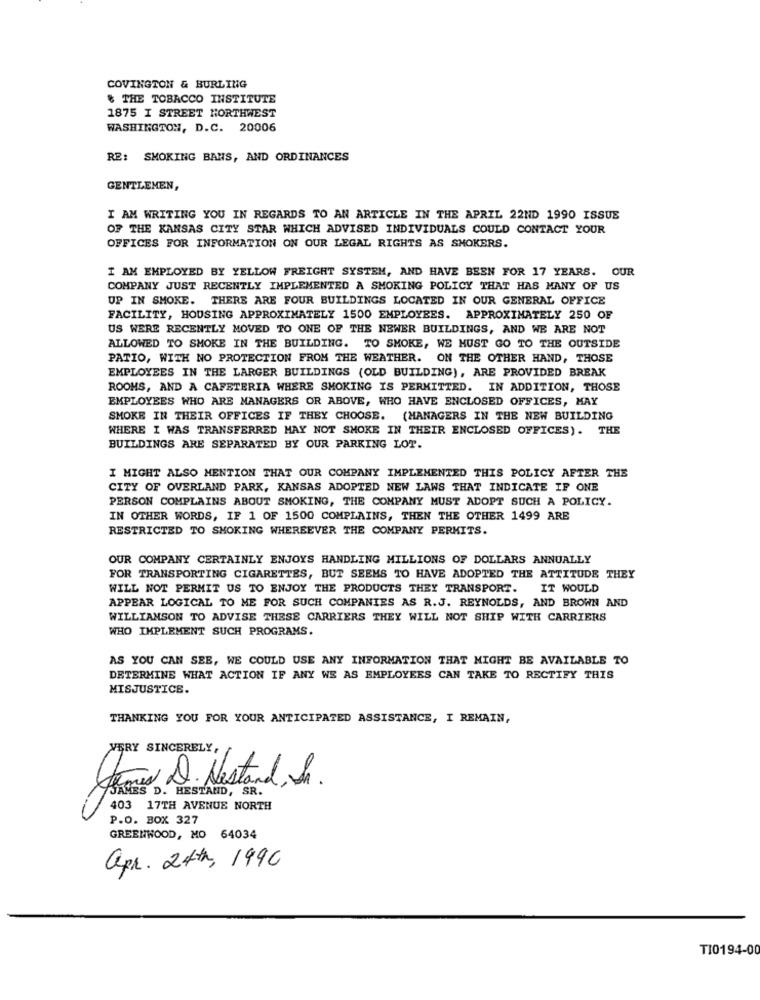
COVINGTON & BURLING
& THE TOBACCO INSTITUTE
1875 I STREET NORTHWEST
WASHINGTON, D.C. 20006
RE: SMOKING BANS, AND ORDINANCES
GENTLEMEN,
I AM WRITING YOU IN REGARDS TO AN ARTICLE IN THE APRIL 22ND 1990 ISSUE
OF THE KANSAS CITY STAR WHICH ADVISED INDIVIDUALS COULD CONTACT YOUR
OFFICES FOR INFORMATION ON OUR LEGAL RIGHTS AS SMOKERS.
I AM EMPLOYED BY YELLOW FREIGHT SYSTEM, AND HAVE BEEN FOR 17 YEARS. OUR
COMPANY JUST RECENTLY IMPLEMENTED A SMOKING POLICY THAT HAS MANY OF US
UP IN SMOKE. THERE ARE FOUR BUILDINGS LOCATED IN OUR GENERAL OFFICE
FACILITY, HOUSING APPROXIMATELY 1500 EMPLOYEES. APPROXIMATELY 250 OF
US WERE RECENTLY MOVED TO ONE OF THE NEWER BUILDINGS, AND WE ARE NOT
ALLOWED TO SMOKE IN THE BUILDING. TO SMOKE, WE MUST GO TO THE OUTSIDE
PATIO, WITH NO PROTECTION FROM THE WEATHER. ON THE OTHER HAND, THOSE
EMPLOYEES IN THE LARGER BUILDINGS (OLD BUILDING), ARE PROVIDED BREAK
ROOMS, AND A CAFETERIA WHERE SMOKING IS PERMITTED. IN ADDITION, THOSE
EMPLOYEES WHO ARE MANAGERS OR ABOVE, WHO HAVE ENCLOSED OFFICES, MAY
SMOKE IN THEIR OFFICES IF THEY CHOOSE. (MANAGERS IN THE NEW BUILDING
WHERE I WAS TRANSFERRED MAY NOT SMOKE IN THEIR ENCLOSED OFFICES). THE
BUILDINGS ARE SEPARATED BY OUR PARKING LOT.
I MIGHT ALSO MENTION THAT OUR COMPANY IMPLEMENTED THIS POLICY AFTER THE
CITY OF OVERLAND PARK, KANSAS ADOPTED NEW LAWS THAT INDICATE IF ONE
PERSON COMPLAINS ABOUT SMOKING, THE COMPANY MUST ADOPT SUCH A POLICY.
IN OTHER WORDS, IF 1 OF 1500 COMPLAINS, THEN THE OTHER 1499 ARE
RESTRICTED TO SMOKING WHEREEVER THE COMPANY PERMITS.
OUR COMPANY CERTAINLY ENJOYS HANDLING MILLIONS OF DOLLARS ANNUALLY
FOR TRANSPORTING CIGARETTES, BUT SEEMS TO HAVE ADOPTED THE ATTITUDE THEY
WILL NOT PERMIT US TO ENJOY THE PRODUCTS THEY TRANSPORT. IT WOULD
APPEAR LOGICAL TO ME FOR SUCH COMPANIES AS R.J. REYNOLDS, AND BROWN AND
WILLIAMSON TO ADVISE THESE CARRIERS THEY WILL NOT SHIP WITH CARRIERS
WHO IMPLEMENT SUCH PROGRAMS.
AS YOU CAN SEE, WE COULD USE ANY INFORMATION THAT MIGHT BE AVAILABLE TO
DETERMINE WHAT ACTION IF ANY WE AS EMPLOYEES CAN TAKE TO RECTIFY THIS
MISJUSTICE.
THANKING YOU FOR YOUR ANTICIPATED ASSISTANCE, I REMAIN,
WERY SINCERELY,
Grows Q. Nestand, h.
JAMES D. HESTAND, SR.
403 17TH AVENUE NORTH
P.O. BOX 327
GREENWOOD, MO 64034
apr. 24th, 1990
TI0194-00